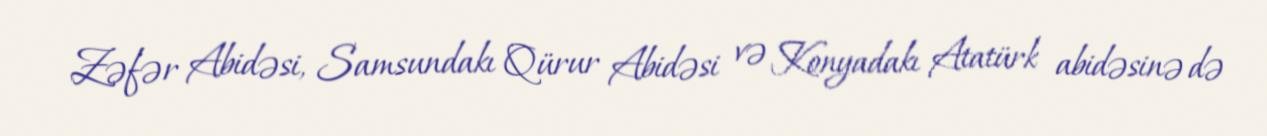
Zəfər Abidəsi, Samsundakı Qürur Abidəsi və Konyadakı Atatürk abidəsinə də